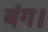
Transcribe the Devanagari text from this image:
बंग।